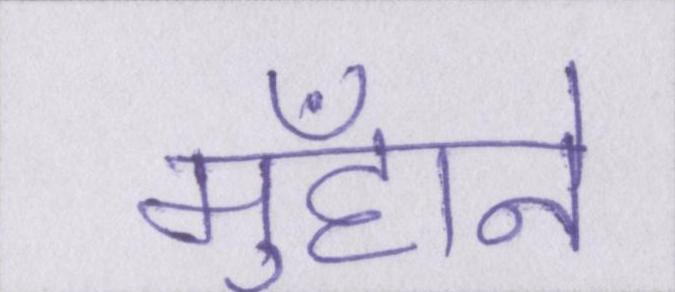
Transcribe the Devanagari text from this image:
मुँहाने